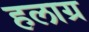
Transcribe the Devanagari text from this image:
हलाग्र